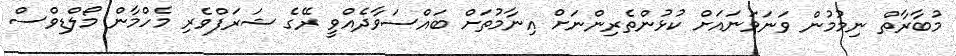
މުބާރާތް ނިމުމުން ވަނަވަނައަށް ކުޅުންތެރިންނަށް އިނާމުތަށް ބައްސަވާދެއްވީ ރޭގެ ޝަރަފްވެރި މެހްމާން މޯލްޑިވްސް